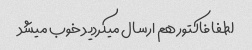
لطفا فاکتور هم ارسال میکردید خوب میشد